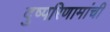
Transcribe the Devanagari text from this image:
दुष्परिणामांची